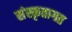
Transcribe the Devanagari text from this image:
संस्कृतागत